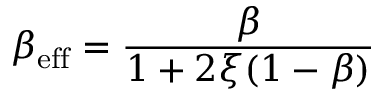
\beta _ { \mathrm { e f f } } = \frac { \beta } { 1 + 2 \xi ( 1 - \beta ) }